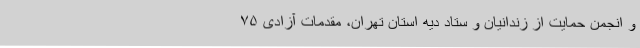
و انجمن حمایت از زندانیان و ستاد دیه استان تهران، مقدمات آزادی ۷۵